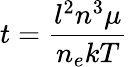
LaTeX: t={\frac{l^{2}n^{3}\mu}{n_{e}kT}}